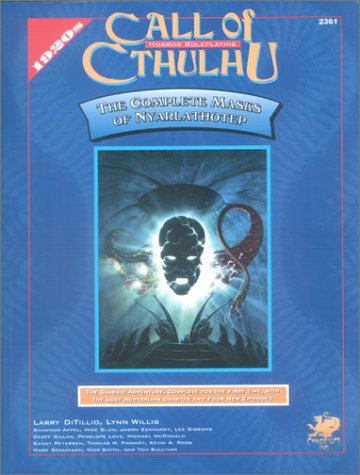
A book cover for The Complete Masks of Nyarlathotep (Call of Cthulhu Role Playing Game Series); Larry Ditillio; Science Fiction & Fantasy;